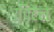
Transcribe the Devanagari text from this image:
उचिटैल